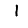
Digit: 1